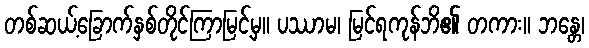
တစ်ဆယ့်ခြောက်နှစ်တိုင်ကြာမြင့်မှ။ ပဿာမ၊ မြင်ရကုန်ဘိ၏ တကား။ ဘန္တေ၊